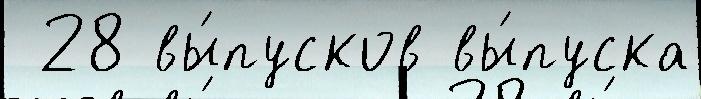
 28 вы́пусков вы́пуска